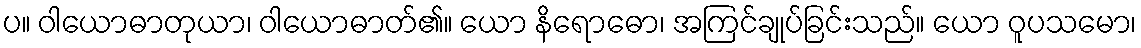
ပ။ ဝါယောဓာတုယာ၊ ဝါယောဓာတ်၏။ ယော နိရောဓော၊ အကြင်ချုပ်ခြင်းသည်။ ယော ဝူပသမော၊